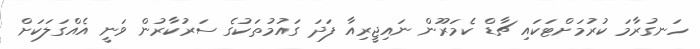
ހަނގުރާމަ ކުރުމަށްޓަކައި ޗާޑް ކެމަރޫން ނައިޖީރިއާ ފަދަ ގައުމުތަކުގެ ސަރުކާރުން ވަނީ އެއްގަލަކަށް